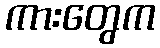
ကားတွေက